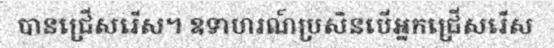
បានជ្រើសរើស។ ឧទាហរណ៍ប្រសិនបើអ្នកជ្រើសរើស